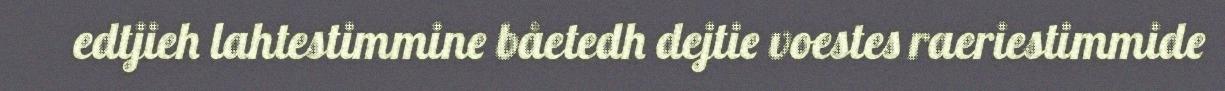
edtjieh lahtestimmine båetedh dejtie voestes raeriestimmide